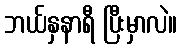
ဘယ်နှနာရီ ပြီးမှာလဲ။